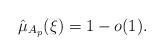
LaTeX: \begin{align*}\hat{\mu}_{A_p}(\xi) =1-o(1).\end{align*}